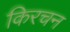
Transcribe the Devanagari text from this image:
किरचन